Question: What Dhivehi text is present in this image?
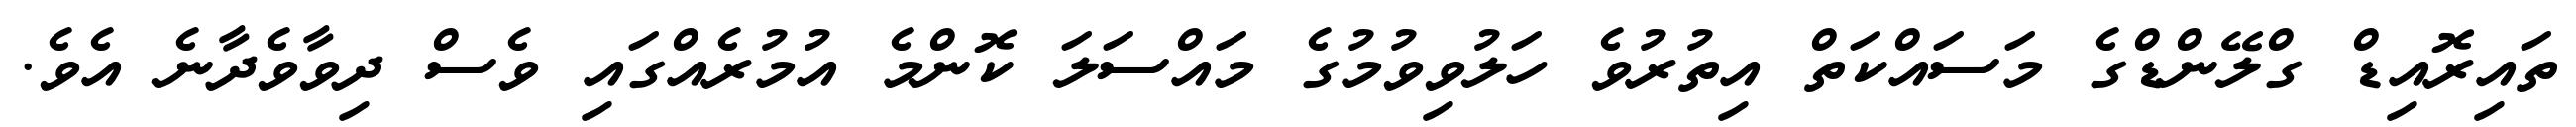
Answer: ތައިރޮއިޑް ގްލޭންޑްގެ މަސައްކަތް އިތުރުވެ ހަލުވިވުމުގެ މައްސަލަ ކޮންމެ އުމުރެއްގައި ވެސް ދިވާވެދާނެ އެވެ.